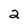
Character: 2